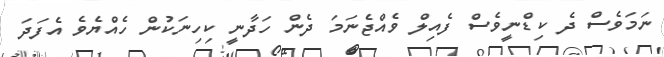
ނަމަވެސް ދެ ކިޑްނީވެސް ފެއިލް ވެއްޖެނަމަ ދެން ހަދާނީ ކިހިނަކުން ހެއްޔެވެ އެފަދަ